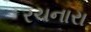
રચનારા